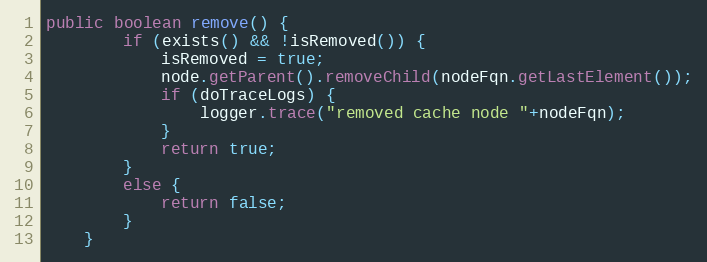
Language: Java
public boolean remove() {
		if (exists() && !isRemoved()) {
			isRemoved = true;
			node.getParent().removeChild(nodeFqn.getLastElement());
			if (doTraceLogs) {
				logger.trace("removed cache node "+nodeFqn);
			}
			return true;
		}
		else {
			return false;
		}
	}